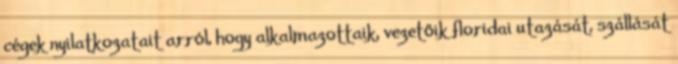
cégek nyilatkozatait arról, hogy alkalmazottaik, vezetőik floridai utazását, szállását